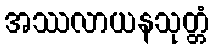
အဿလာယနသုတ္တံ